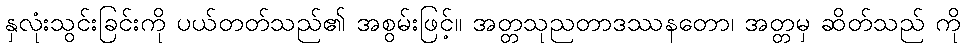
နှလုံးသွင်းခြင်းကို ပယ်တတ်သည်၏ အစွမ်းဖြင့်။ အတ္တသုညတာဒဿနတော၊ အတ္တမှ ဆိတ်သည် ကို